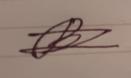
Signature authenticity: forged